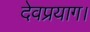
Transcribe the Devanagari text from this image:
देवप्रयाग।